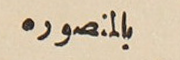
بالمنصوره